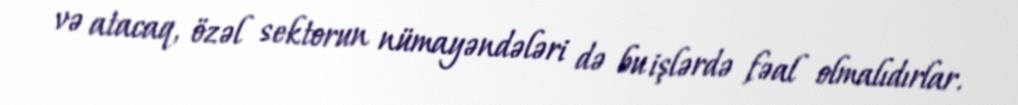
və atacaq, özəl sektorun nümayəndələri də bu işlərdə fəal olmalıdırlar.